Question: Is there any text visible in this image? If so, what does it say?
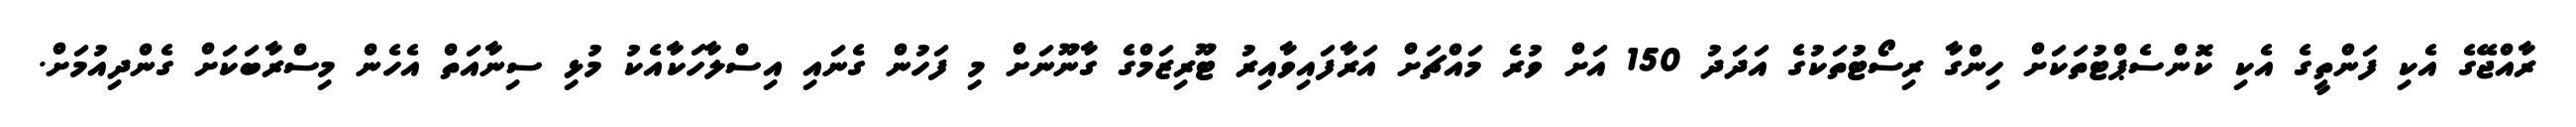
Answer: ރާއްޖޭގެ އެކި ފަންތީގެ އެކި ކޮންސެޕްޓުތަކަށް ހިންގާ ރިސޯޓުތަކުގެ އަދަދު 150 އަށް ވުރެ މައްޗަށް އަރާފައިވާއިރު ޓޫރިޒަމްގެ ގާނޫނަށް މި ފަހުން ގެނައި އިސްލާހަކާއެކު މުޅި ސިނާއަތް އެހެން މިސްރާބަކަށް ގެންދިއުމަށް.